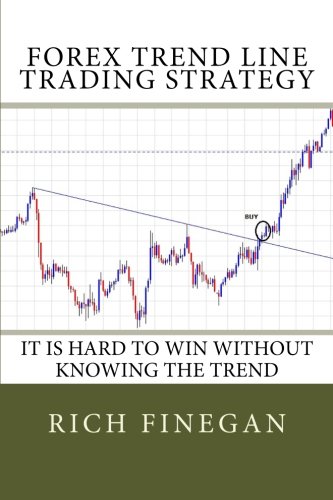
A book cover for Forex Trend line Trading Strategy: It is hard to win without knowing the trend; Rich Finegan; Business & Money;